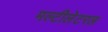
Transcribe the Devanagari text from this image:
मल्टीलेटरल